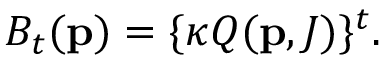
B _ { t } ( { \bf p } ) = \{ \kappa Q ( { \bf p } , J ) \} ^ { t } .